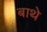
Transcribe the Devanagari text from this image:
बाथे